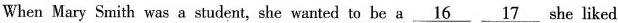
When Mary Smith was a student, she wanted to be a \underline{16} \underline{17} she liked